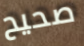
صحيح